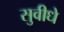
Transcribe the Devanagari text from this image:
सुवीधे